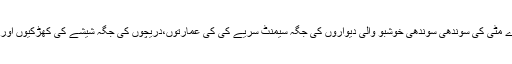
وہاں بل کھاتی پگڈنڈیوں کی جگہ تارکول کی سڑکوں، گارے مٹی کی سوندھی سوندھی خوشبو والی دیواروں کی جگہ سیمنٹ سریے کی کی عمارتوں،دریچوں کی جگہ شیشے کی کھڑکیوں اور طمانیت بھری چاندنی کی جگہ برقی قمقموں نے لے لی ہو۔